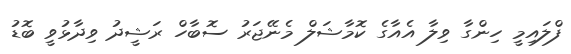
ފްލައިމީ ހިންގާ ވިލާ އެއާގެ ކޮމާޝަލް މެނޭޖަރު ސޮބާހް ރަޝީދު ވިދާޅުވީ ބޮޑު